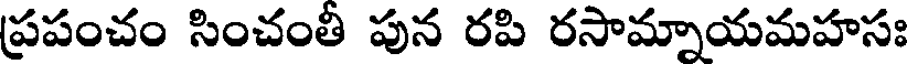
ప్రపంచం సించంతి పున రపి రసామ్నాయమహసః